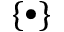
\{ \bullet \}